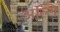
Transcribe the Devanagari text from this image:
अल्गि